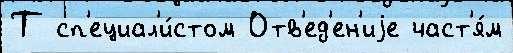
Т сп'ециал'и́стом Отв'ед'ен'иjе част'я́м